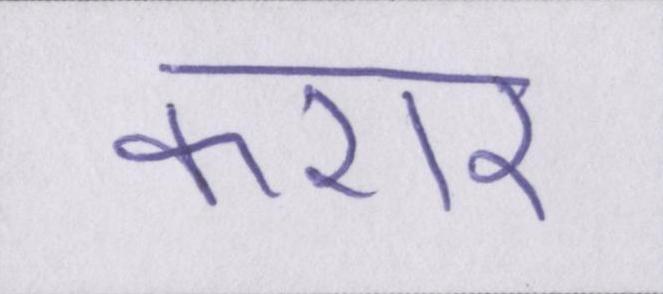
करार